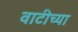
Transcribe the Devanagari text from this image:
वाटीच्या